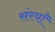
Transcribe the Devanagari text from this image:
संरयाँ